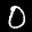
Label: 0